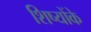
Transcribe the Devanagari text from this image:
शिष्योंके